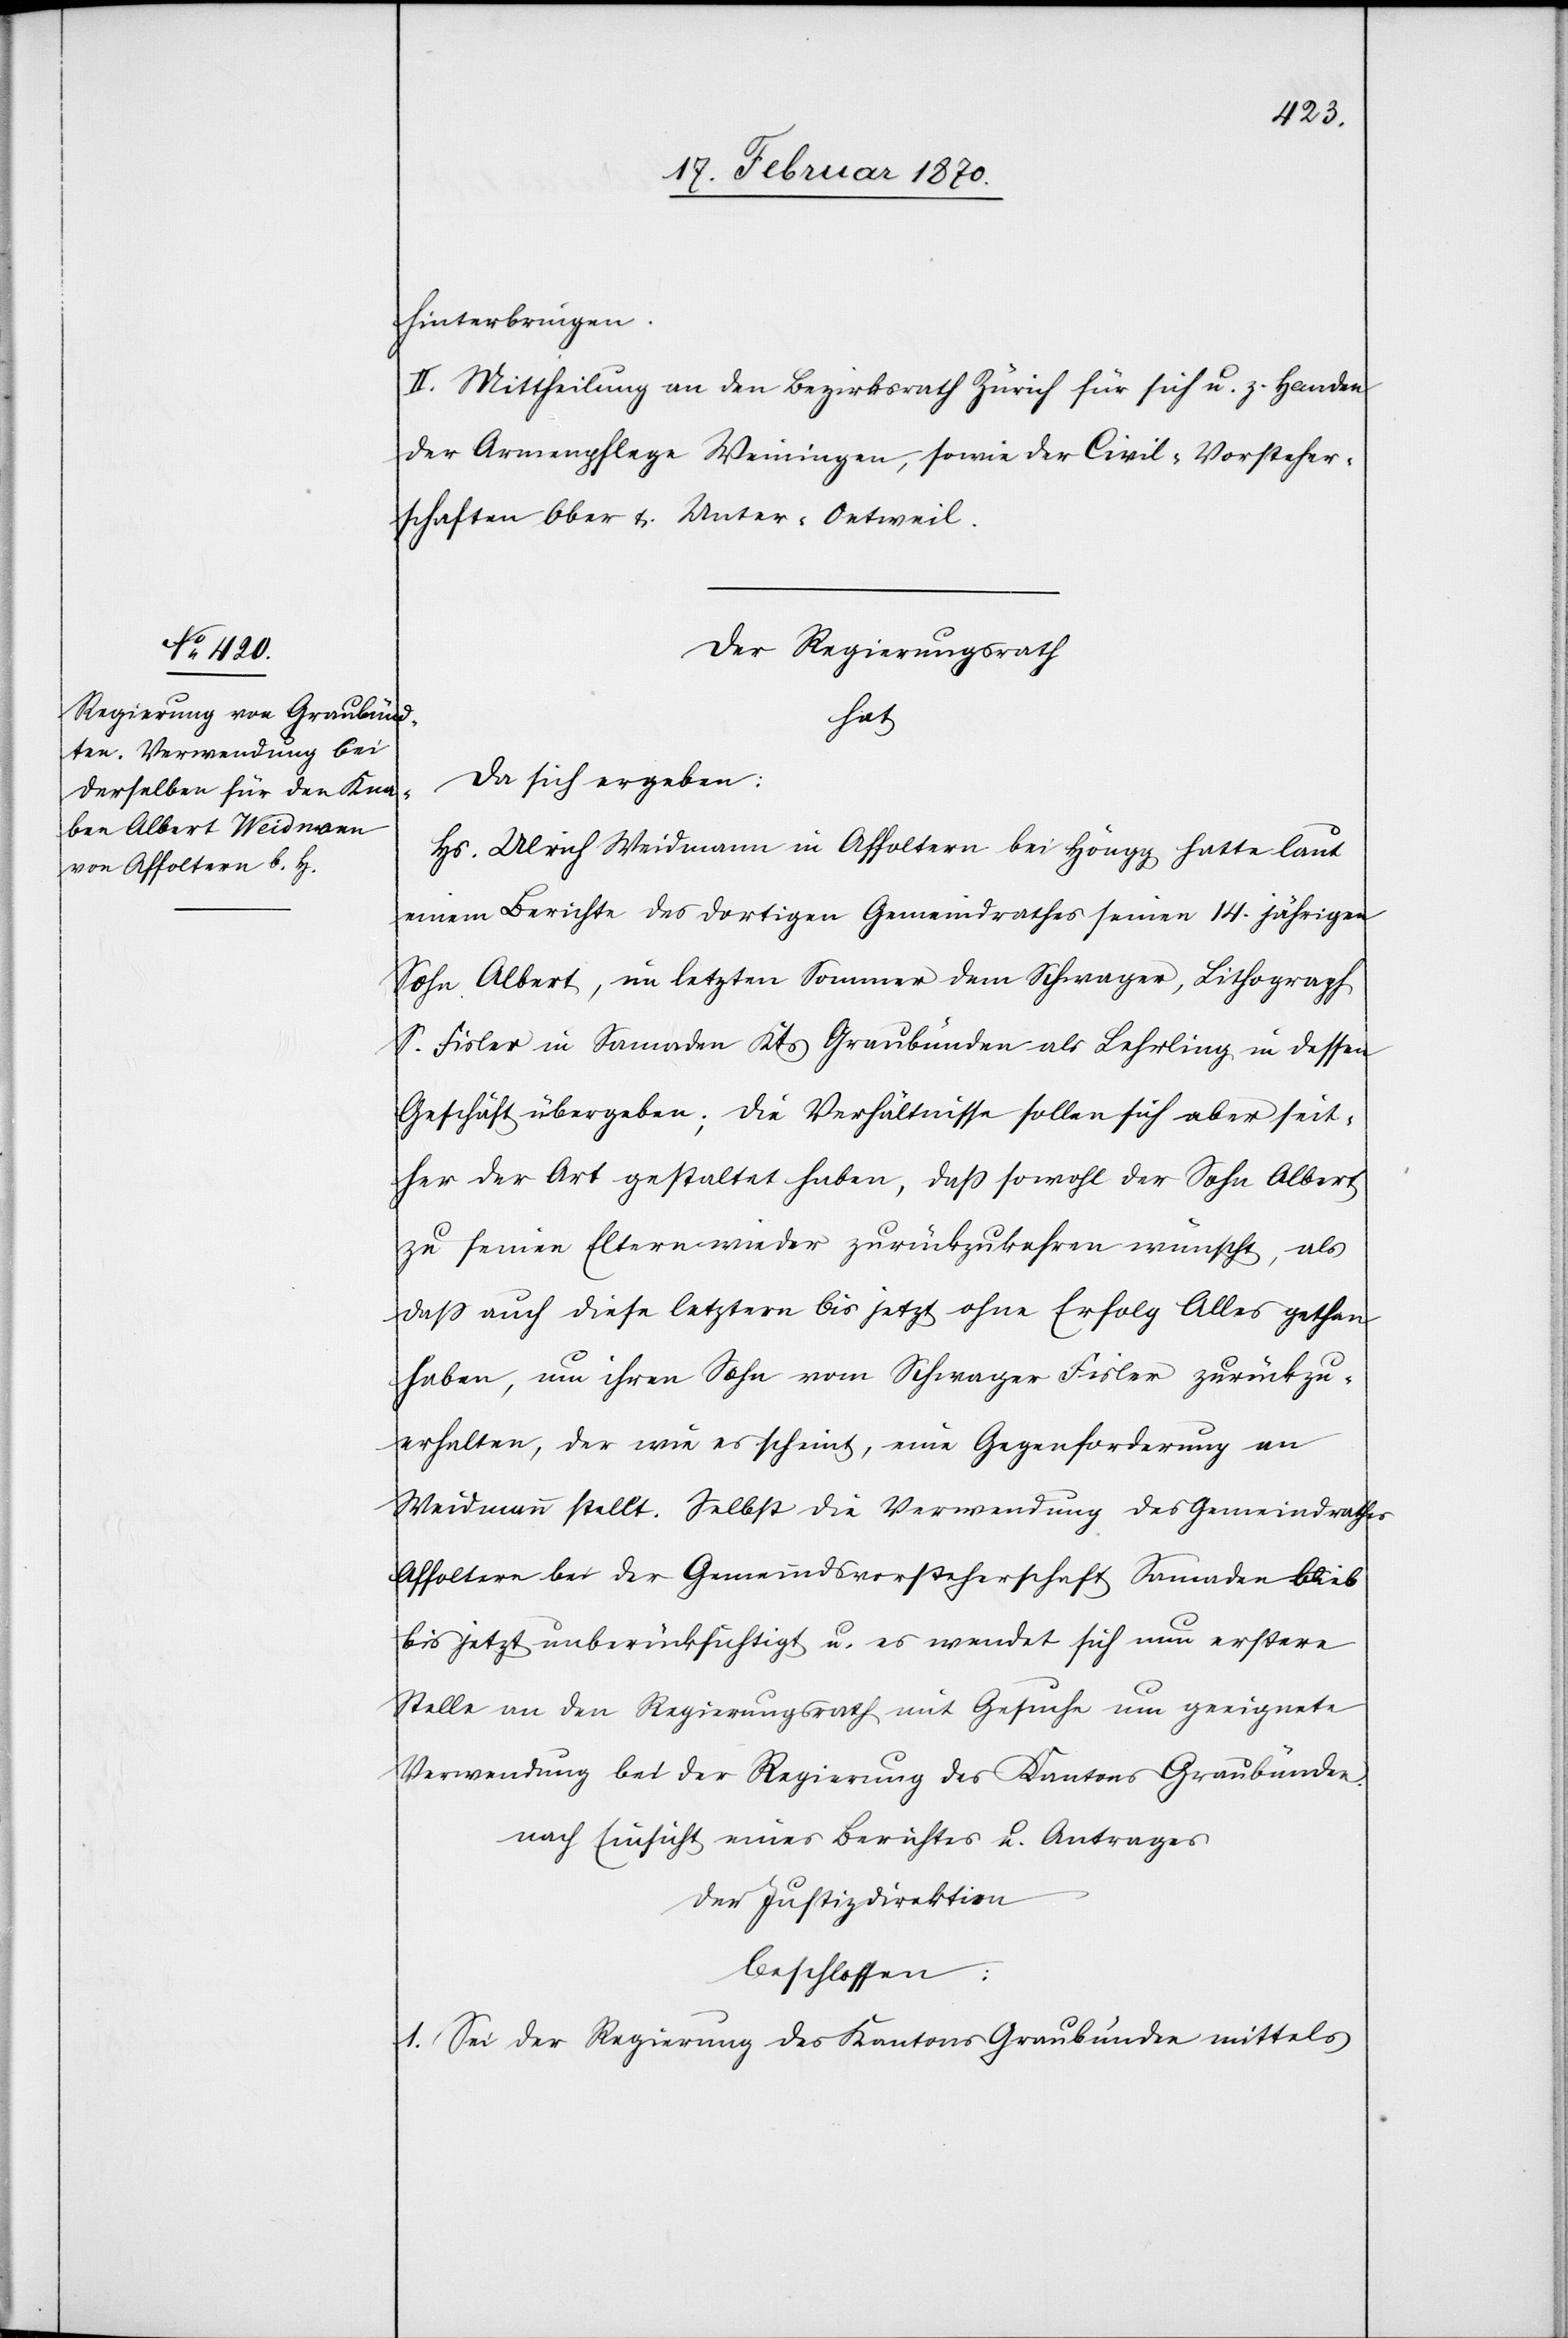
hinterbringen.
II. Mittheilung an den Bezirksrath Zürich für sich u. z. Handen
der Armenpflege Weiningen, sowie der Civil-Vorsteher¬
schaften Ober[-] & Unter-Oetweil.
Der Regierungsrath
hat
da sich ergeben:
Hs. Ulrich Weidmann in Affoltern bei Höngg hatte laut
einem Berichte des dortigen Gemeindrathes seinen 14. jährigen
Sohn Albert, im letzten Sommer dem Schwager, Lithograph
S. Fisler in Samaden Kts. Graubünden als Lehrling in dessen
Geschäft übergeben; die Verhältnisse sollen sich aber seit¬
her der Art gestaltet haben, dass sowohl der Sohn Albert
zu seinen Eltern wieder zurückzukehren wünscht, als
dass auch diese letztern bis jetzt ohne Erfolg Alles gethan
haben, um ihren Sohn vom Schwager Fisler zurückzu¬
erhalten, der wie es scheint, eine Gegenforderung an
Weidmann stellt. Selbst die Verwendung des Gemeindrathes
Affoltern bei der Gemeindsvorsteherschaft Samaden blieb
bis jetzt unberücksichtigt u. es wendet sich um erstere
Stelle an den Regierungsrath mit Gesuche um geeignete
Verwendung bei der Regierung des Kantons Graubünden.
nach Einsicht eines Berichtes u. Antrages
der Justizdirektion
beschlossen:
1. Sei der Regierung des Kantons Graubünden mittels